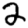
Digit: 2